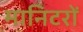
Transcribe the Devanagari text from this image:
मानिटरों